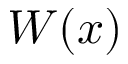
W ( x )